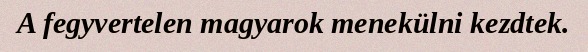
A fegyvertelen magyarok menekülni kezdtek.